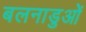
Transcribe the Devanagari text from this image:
बलनाडुओं